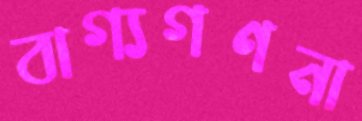
বাগ্যগণনা